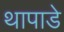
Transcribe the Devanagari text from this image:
थापाडे